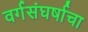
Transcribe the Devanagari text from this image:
वर्गसंघर्षाचा